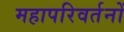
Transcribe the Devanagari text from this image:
महापरिवर्तनों